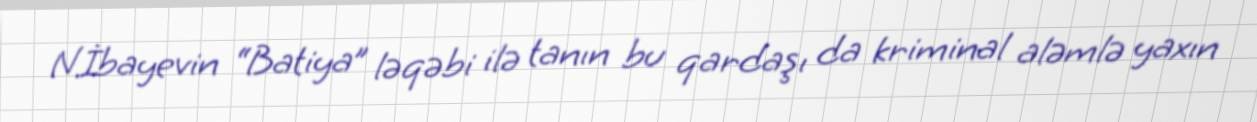
N.İbayevin “Batiya” ləqəbi ilə tanın bu qardaşı da kriminal aləmlə yaxın